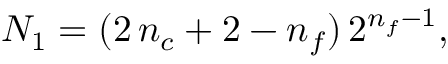
{ \cal N } _ { 1 } = ( 2 \, n _ { c } + 2 - n _ { f } ) \, 2 ^ { n _ { f } - 1 } ,